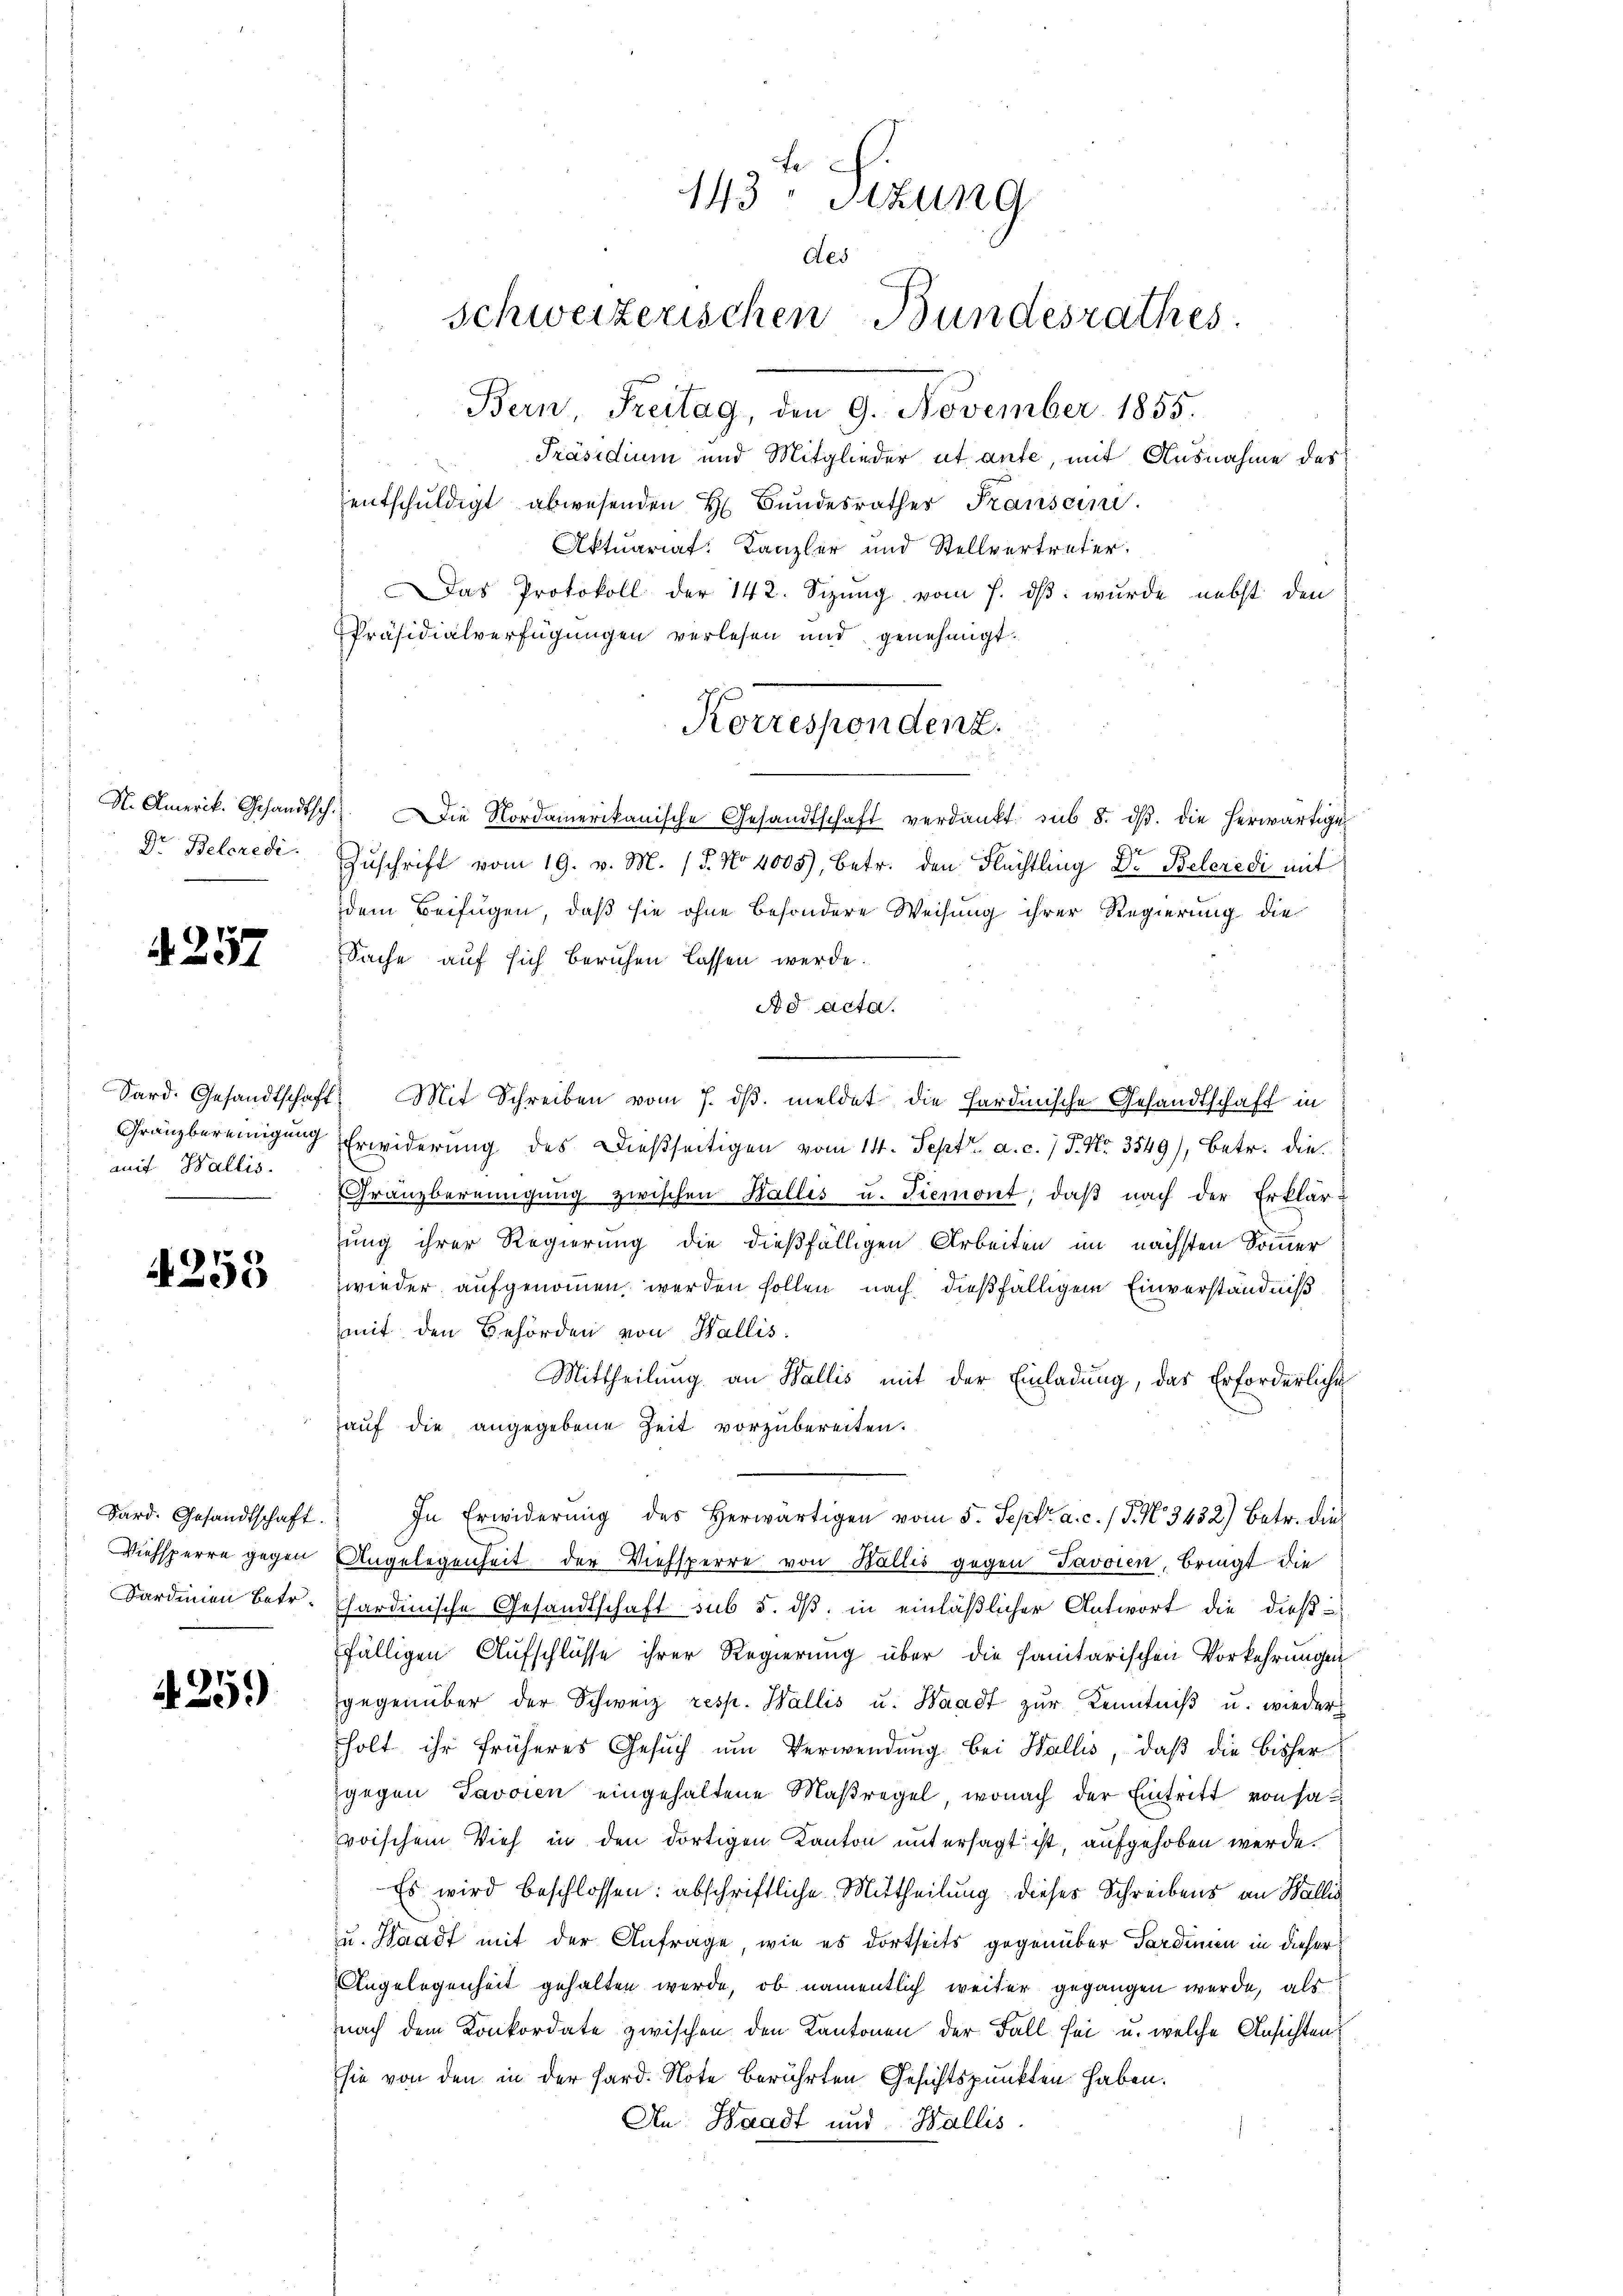
Dr Belcredi

257

mit Wallis.

4253

Sardinien betr.

A.25)

143 Sitzung
des
schweizerischen Bundesrathes.

Korrespondenz.

Bern, Freitag, den 9. November 1855.
Präsidium und Mitglieder ut aufe, mit Ausnahme des
entschuldigt abwesenden H. Bundesrathes Transein.
Aktuariat. Kanzler und Stellvertreter.
Das Protokoll der 142. Sizung vom 7. dβ. wurde nebst den
Präsidialverfügungen verlesen und genehmigt.
N. Amerik. Gesandtsch. Die Nordamerikanische Gesandtschaft verdankt sub 8. dβ. die herwärtige
Zuschrift vom 19. v. M. 15. No 4005), betr. den Flechtling Dr. Beleredi mit
dem Beifügen, daß sie ohne besondere Weisung ihrer Regierung die
Sache auf sich beruhen lassen werde.
Ad acta.
Sard. Gesandtschaft. Mit Schreiben vom 7. dβ. meldet die Hardinische Gesandtschaft in
Gränzbereinigung Erwiderung des Dießseitigen vom 14. Sept. a. c. 7 P. Nr. 3549), betr. die
Granzbereinigung zwischen Wallis u. Tiemont, daß nach der Erklär
zung ihrer Regierung die dießfälligen Arbeiten im nächsten Sommer
wieder aufgenommen werden sollen nach dießfälligem Einverständniß
mit den Behörden von Wallis.
Mittheilung an Wallis mit der Einladung, das Erforderliche
hauf die angegebene Zeit vorzubereiten.
Dard. Gesandtschaft. In Erwiderŭng des herwärtigen vom 5. Sept. a. c. / 5. No 3432) Betr. die¬
Viehsperre gegen Angelegenheit der Viehsperre von Wallis gegen Javoren, bringt die
hardinische Gesandtschaft sub 5. dß in einläßlicher Antwort die dießfälligen Aufschlüsse ihrer Regierung über die sanitarischen Vorkehrungen
gegenüber der Schweiz resp. Wallis u. Waadt zur Kenntniβ u. wieder
holt ihr früheres Gesuch um Verwendung bei Wallis, daß die Bisher
gegen Favoien eingehaltene Maßregel, wonach der Eintritt von sa
voischem Vieh in den dortigen Kanton untersagt ist, aufgehoben werde.
Es wird beschlossen: abschriftliche Mittheilung dieses Schreibens an Wallis
zu. Waadt mit der Anfrage, wie es dortseits gegenüber Sardinien in dieser
Angelegenheit gehalten werde, ob namentlich weiter gegangen werde, als
nach dem Konkordate zwischen den Kantonen der Fall sei u. welche Ansichtensie von den in der Hard. Note berührten Gesichtspunkten haben.
An Waadt und Wallis.